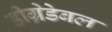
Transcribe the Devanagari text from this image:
डीग्रेडेबल